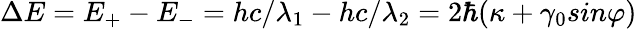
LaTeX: \Delta E=E_{+}-E_{-}=hc/\lambda_{1}-hc/\lambda_{2}=2\hbar(\kappa+\gamma_{0}sin\varphi)